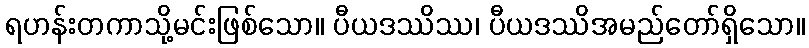
ရဟန်းတကာသို့မင်းဖြစ်သော။ ပီယဒဿိဿ၊ ပီယဒဿိအမည်တော်ရှိသော။